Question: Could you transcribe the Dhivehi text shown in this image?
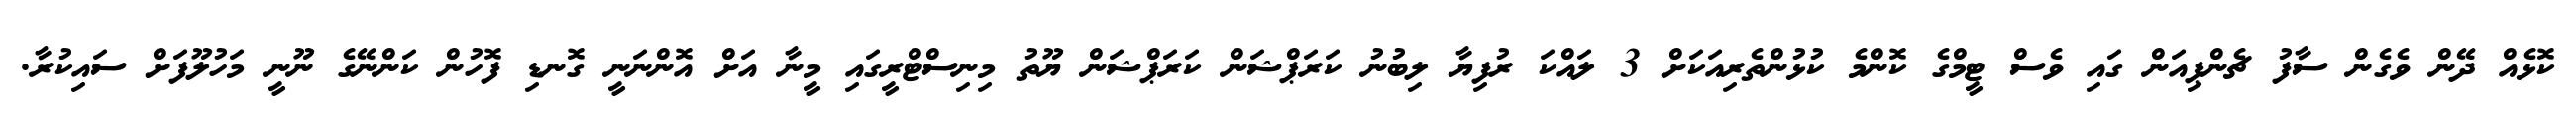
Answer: ކޮޅެއް ދޭން ވެގެން ސާފު ޗެންޕިއަން ގައި ވެސް ޓީމްގެ ކޮންމެ ކުޅުންތެރިއަކަށް 3 ލައްކަ ރުފިޔާ ލިބުނު ކަރަޕްޝަން ކަރަޕްޝަން ޔޫތު މިނިސްޓްރީގައި މީނާ އަށް އޮންނަނީ ގޮނޑި ފޮހުން ކަންނޭގެ ނޫނީ މަހުލޫފަށް ސައިކުރާ.